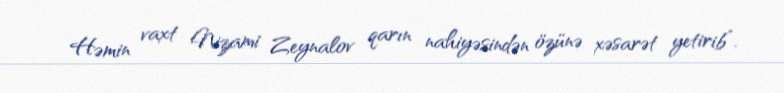
Həmin vaxt Nizami Zeynalov qarın nahiyəsindən özünə xəsarət yetirib”.